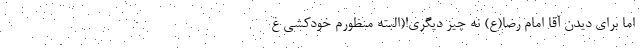
اما برای دیدن آقا امام رضا(ع) نه چیز دیگری!(البته منظورم خودکشی غ